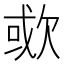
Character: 㰲